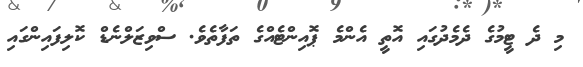
މި ދެ ޓީމުގެ ދެމެދުގައި އޮތީ އެންމެ ޕޮއިންޓެއްގެ ތަފާތެވެ. ސްވިޒަލްނެޑް ކޮލިފައިންގައި